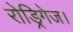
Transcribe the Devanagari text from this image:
रोड्रिगेज।